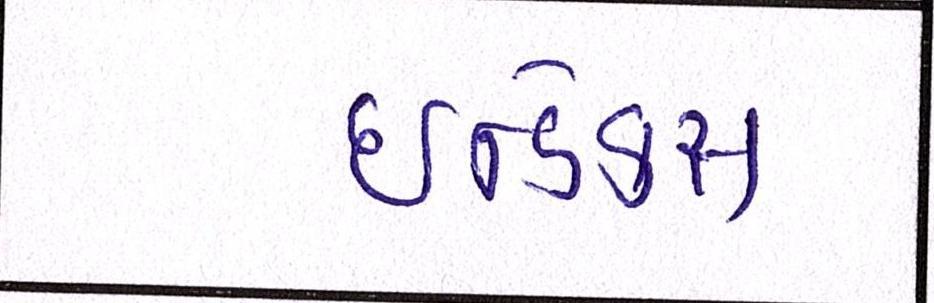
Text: ઇન્ડેક્સ